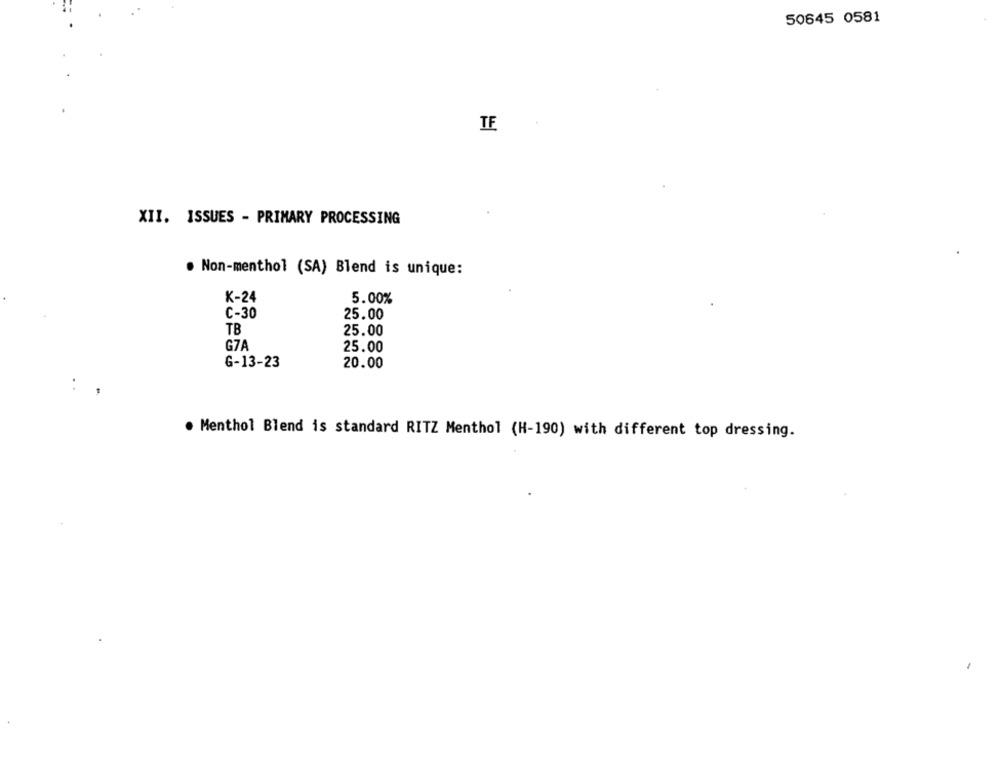
50645 0581
IF
XII. ISSUES - PRIMARY PROCESSING
. Non-menthol (SA) Blend is unique:
K-24
5.00%
C-30
25.00
TB
25.00
G7A
25.00
G-13-23
20.00
:,
. Menthol Blend is standard RITZ Menthol (H-190) with different top dressing.